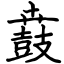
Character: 鼖